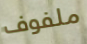
ملفوف